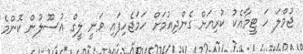
ޖުމްލަ ހަ ޓީމާއެކު ކުރިއަށް ގެންދިއުމަށް ހަމަޖެހިފައި ވަނީ ލީގް އުސޫލުން ކޮންމެ